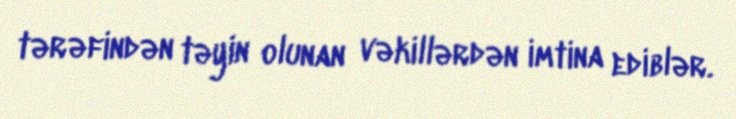
tərəfindən təyin olunan vəkillərdən imtina ediblər.